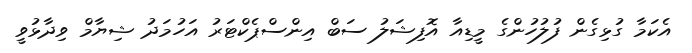
އެކަމާ ގުޅިގެން ފުލުހުންގެ މީޑިއާ އޮފިޝަލު ސަބް އިންސްޕެކްޓަރު އަހުމަދު ޝިޔާމް ވިދާޅުވީ